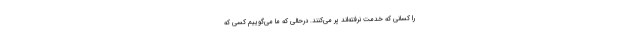
را کسانی که خدمت نرفته‌اند پر می‌کنند. درحالی که ما می‌گوییم کسی که